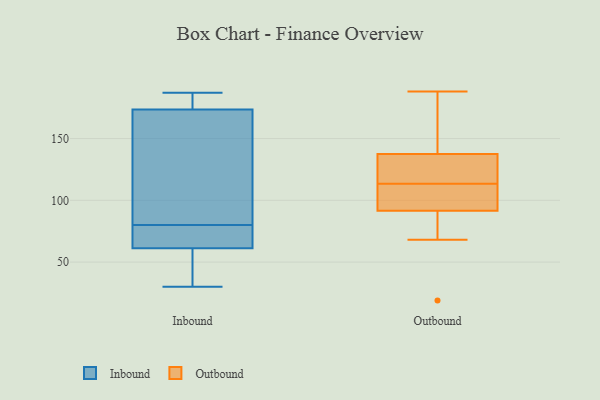
{"axis": {"x": "Shipments", "y": "Value"}, "legend": ["Inbound", "Outbound"], "data": [{"x": "", "y": 45, "type": "Inbound"}, {"x": "", "y": 60, "type": "Inbound"}, {"x": "", "y": 169, "type": "Inbound"}, {"x": "", "y": 77, "type": "Inbound"}, {"x": "", "y": 65, "type": "Inbound"}, {"x": "", "y": 175, "type": "Inbound"}, {"x": "", "y": 39, "type": "Inbound"}, {"x": "", "y": 80, "type": "Inbound"}, {"x": "", "y": 66, "type": "Inbound"}, {"x": "", "y": 30, "type": "Inbound"}, {"x": "", "y": 152, "type": "Inbound"}, {"x": "", "y": 186, "type": "Inbound"}, {"x": "", "y": 187, "type": "Inbound"}, {"x": "", "y": 183, "type": "Inbound"}, {"x": "", "y": 149, "type": "Inbound"}, {"x": "", "y": 127, "type": "Outbound"}, {"x": "", "y": 188, "type": "Outbound"}, {"x": "", "y": 165, "type": "Outbound"}, {"x": "", "y": 118, "type": "Outbound"}, {"x": "", "y": 113, "type": "Outbound"}, {"x": "", "y": 114, "type": "Outbound"}, {"x": "", "y": 84, "type": "Outbound"}, {"x": "", "y": 19, "type": "Outbound"}, {"x": "", "y": 99, "type": "Outbound"}, {"x": "", "y": 148, "type": "Outbound"}, {"x": "", "y": 108, "type": "Outbound"}, {"x": "", "y": 68, "type": "Outbound"}]}